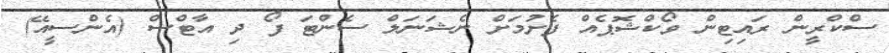
ސްކްރީން ރައިޓިން ވޯކްޝޮޕެއް ފެށުމަށް ނެޝަނަލް ސެންޓަ ފޯ ދި އާޓްސް (އެންސީއޭ)